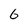
Character: 6